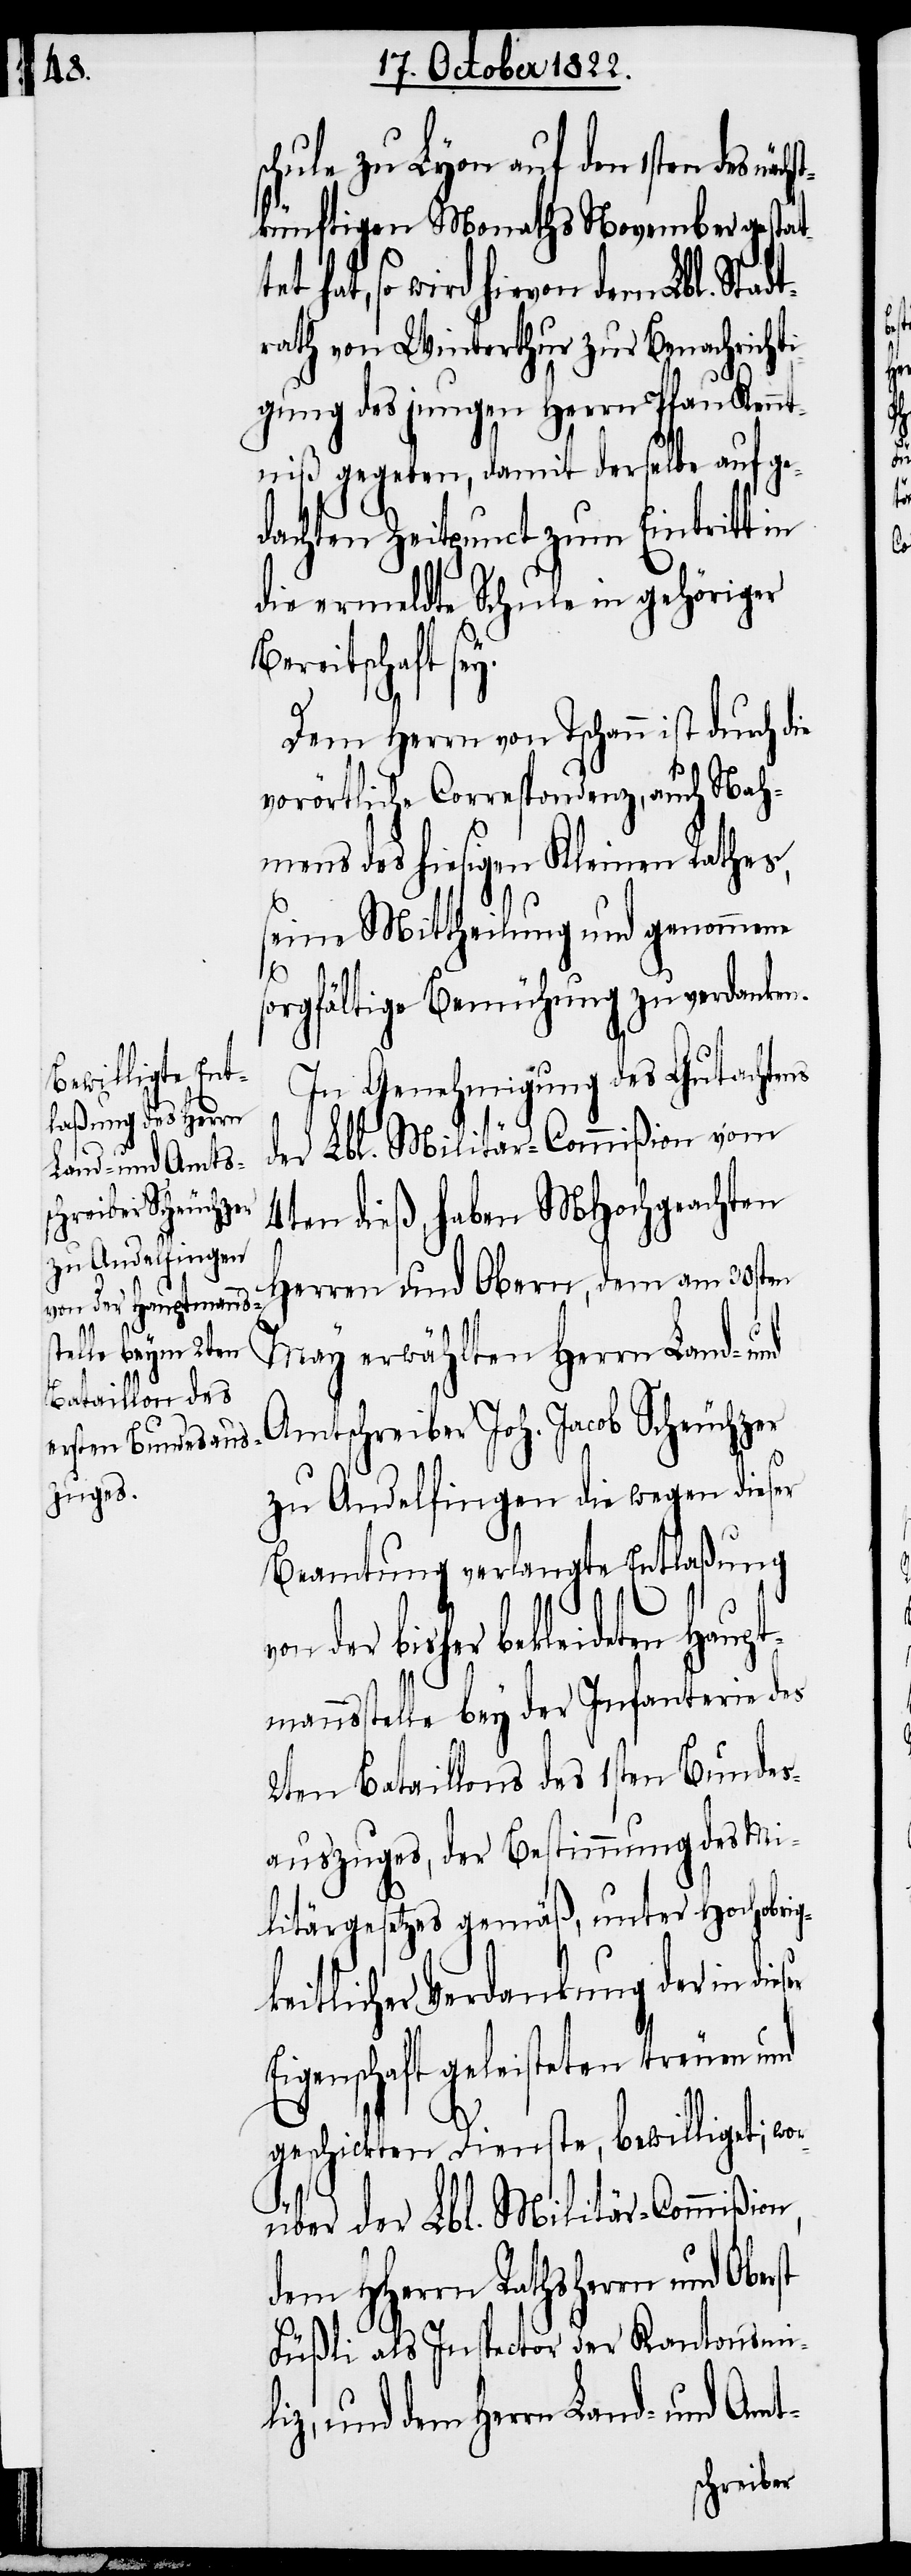
rst

schule zu Lyon auf den 1sten des näc¬
tkünftigen Monaths November gestat¬
hat, so wird hievon dem Lbl. Stad¬
trath von Winterthur zur Benachrichti¬
gung des jungen Herrn Pfau Kennt¬
niß gegeben, damit derselbe auf ge¬
dachten Zeitpunct zum Eintritt in
die ermeldte Schule in gehöriger
Bereitschaft se¬
Dem Herrn von Tschann ist durch die
vorörtliche Correspondenz, auch Nah¬
mens des hiesigen Kleinen Rathes,
seine Mittheilung und genommene
sorgfältige Bemühung zu verdanken.
In Genehmigung des Gutachtens
der Lbl. Militär-Commißion,
4ten dieß, haben MHochgeachten
Herren und Obern, dem am 30sten
May erwählten Herrn Land-
Amtschreiber Joh. Jacob Scheuchzer
zu Andelfingen die wegen dieser
Beamtung verlangte Entlaßung
der bisher bekleideten Haup¬
tmannsstelle bey der Infanterie des
2ten Bataillons des 1sten Bundes¬
auszuges, der Bestimmung des Mi¬
litärgesetzes gemäß, unter Hochobrig¬
keitlicher Verdankung der in die¬
Eigenschaft geleisteten treuen und
geschickten Dienste, bewilliget; wo¬
dem HHerrn Rathsherrn und Obe¬
Füßli als Inspector der Kantonsmi¬
liz, und dem Herrn Land- und Amt-
rüber